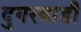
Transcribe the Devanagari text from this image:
दुगरवाडी